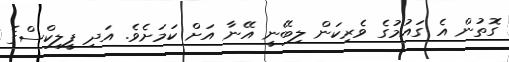
ގޮތުން އެ ގައުމުގެ ވެރިކަން ލިބޭނީ އޭނާ އަށް ކަމަށެވެ. އަދި ފީލިކްސްގެ